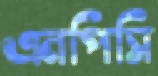
এনপিসি